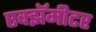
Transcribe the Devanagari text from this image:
एक्झॅमीटर